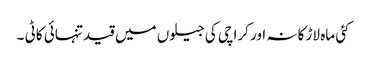
کئی ماہ لاڑ کانہ اور کراچی کی جیلوں میں قید تنہائی کاٹی ۔